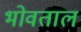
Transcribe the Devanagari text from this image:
भोवताल